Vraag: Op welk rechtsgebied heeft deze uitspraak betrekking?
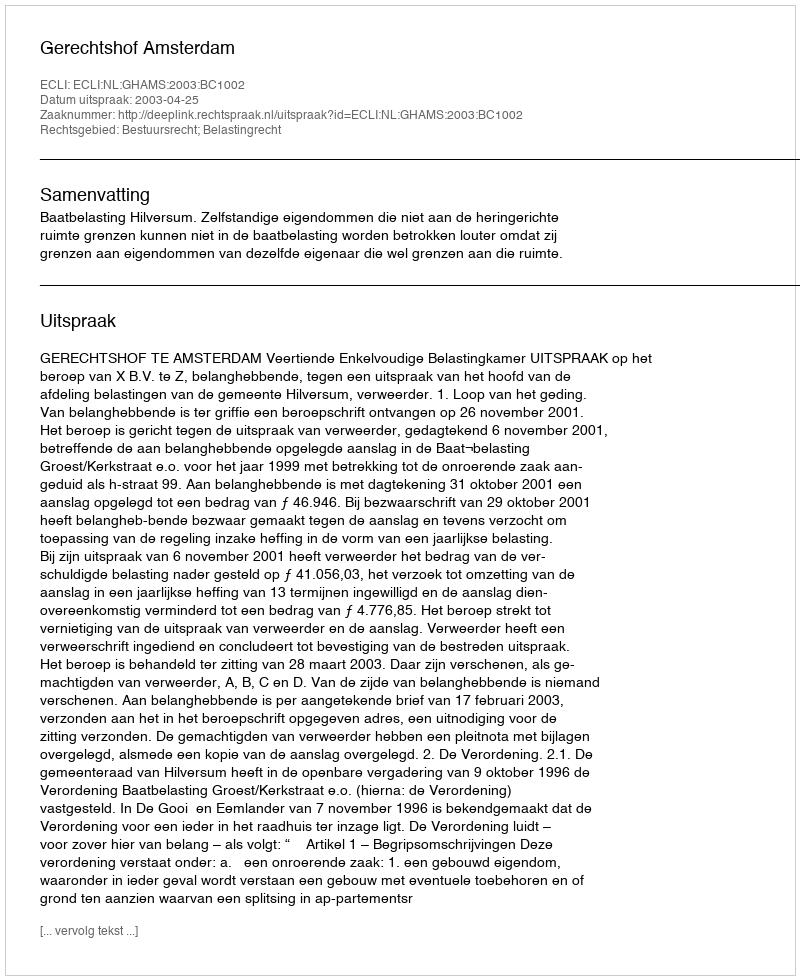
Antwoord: Bestuursrecht; Belastingrecht